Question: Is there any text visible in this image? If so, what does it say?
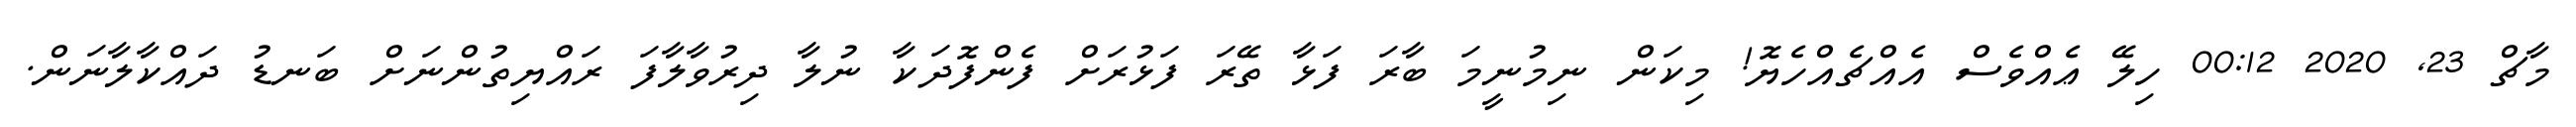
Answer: މާޗް 23, 2020 00:12 ހިލޭ ޢެއްވެސް އެއްޗެއްހެޔޮ! މިކަން ނިމުނީމަ ބާރަ ފަޅާ ތޭރަ ފަޅުރަށް ފެންފޮދަކާ ނުލާ ދިރުވާލާފަ ރައްޔިތުންނަށް ބަނޑު ދައްކާލާނަން.